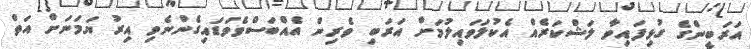
އަރަބީންގެ ގުޅިފައިވާ ލަޝްކަރެއް އެކުލަވައިލުމަށް އަރަބި ވެރިން އެއްބަސްވެވަޑައިގެންނެވި އިރު ޔަމަނަށް އަތް